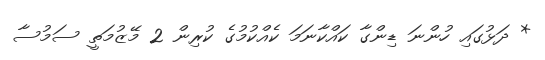
* ދަޅުގައި ހުންނަ ޑިންގާ ކައްކާނަމަ ކެއްކުމުގެ ކުރިން 2 މޭޒުމަތީ ސަމުސާ